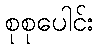
စုစုပေါင်း